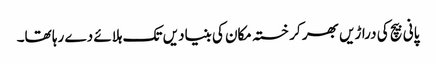
پانی بیچ کی دراڑیں بھر کر خستہ مکان کی بنیادیں تک ہلائے دے رہا تھا۔